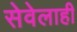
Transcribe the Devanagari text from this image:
सेवेलाही